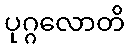
ပုဂ္ဂလောတိ